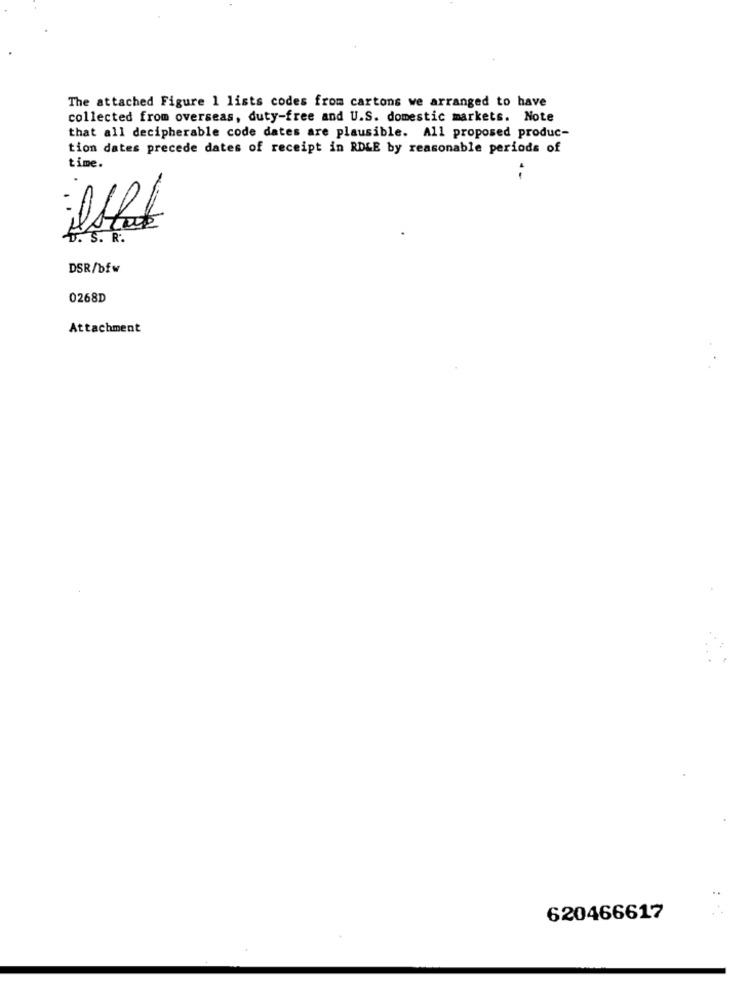
The attached Figure 1 lists codes from cartons we arranged to have
collected from overseas, duty-free and U.S. domestic markets. Note
that all decipherable code dates are plausible. All proposed produc-
tion dates precede dates of receipt in RDLE by reasonable periods of
time.
D. S. R.
DSR/bfw
0268D
Attachment
620466617